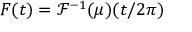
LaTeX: F ( t ) = \mathcal { F } ^ { - 1 } ( \mu ) ( t / 2 \pi )